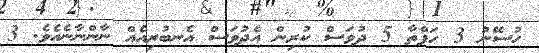
ހުސޭނު 3 ހަފްތާ 5 ދުވަސް ކުރިން އެދުވަސް އެނބުރިއެއް ނާންނާނެއެވެ. 3